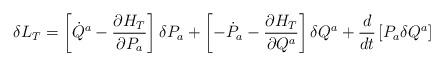
LaTeX: \begin{align*}\delta L_{T}=\left[\dot{Q}^{a}-\frac{\partial H_{T}}{\partial P_{a}}\right]\delta P_{a}+\left[-\dot{P}_{a}-\frac{\partial H_{T}}{\partial Q^{a}}\right]\delta Q^{a}+\frac{d}{dt}\left[P_{a}\delta Q^{a}\right]\end{align*}